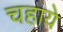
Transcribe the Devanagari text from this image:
चहाये